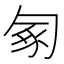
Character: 𠣥